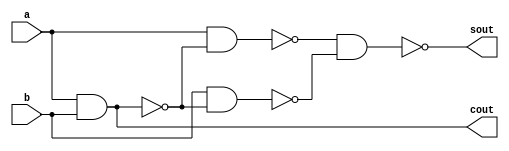
// This program was cloned from: https://github.com/Suni123456789/100DaysRTL
// License: Apache License 2.0

`timescale 1ns / 1ps

module ha_nand(
  input a, b,
  output sout, cout
    );
    wire [2:0]w;
    nand n0(w[0], a, b);
    nand n1(w[1], a, w[0]);
    nand n2(w[2], b, w[0]);
    nand n3(sout, w[1], w[2]);
    nand n4(cout, w[0], w[0]);
endmodule